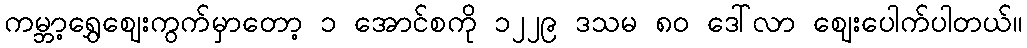
ကမ္ဘာ့ရွှေဈေးကွက်မှာတော့ ၁ အောင်စကို ၁၂၂၉ ဒသမ ၈၀ ဒေါ်လာ ဈေးပေါက်ပါတယ်။